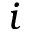
i